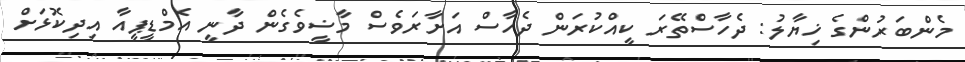
މެންބަރުންގެ ޚިޔާލު: ދެހާސްތޭރަ ކީއްކުރަން ދެހާސް އަށާރަވެސް މާޟީވެގެން ދާނީ އެމްޑީޕީއާ އިދިކޮޅަށް